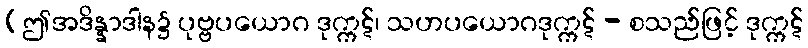
(ဤအဒိန္နာဒါန၌ ပုဗ္ဗပယောဂ ဒုက္ကဋ်၊ သဟပယောဂဒုက္ကဋ် - စသည်ဖြင့် ဒုက္ကဋ်